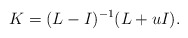
\begin{align*}K=(L-I)^{-1}(L+uI).\end{align*}